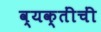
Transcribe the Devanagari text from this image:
व्यक्तींचीं